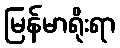
မြန်မာရိုးရာ